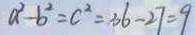
a ^ { 2 } - b ^ { 2 } = c ^ { 2 } = 3 6 - 2 7 = 9